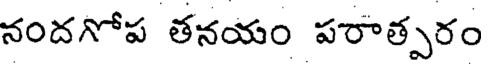
నందగోప తనయం పరాత్పరం